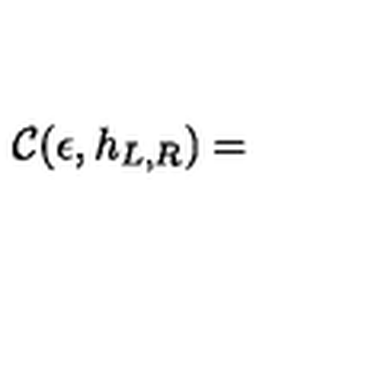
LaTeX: { \cal C } ( \epsilon , h _ { L , R } ) =